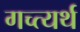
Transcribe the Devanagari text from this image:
गच्त्यर्थ